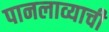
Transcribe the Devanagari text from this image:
पानलाव्याची